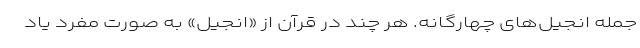
جمله انجیل‌های چهارگانه. هر چند در قرآن از «انجیل» به صورت مفرد یاد